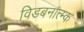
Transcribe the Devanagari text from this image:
विडबनात्म्क